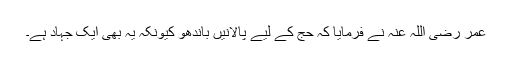
عمر رضی اللہ عنہ نے فرمایا کہ حج کے لیے پالانیں باندھو کیونکہ یہ بھی ایک جہاد ہے۔